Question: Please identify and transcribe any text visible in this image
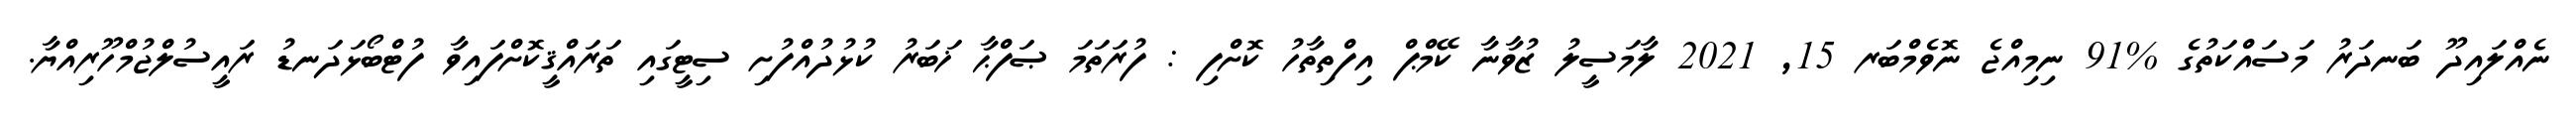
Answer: ނެއްލައިދޫ ބަނދަރު މަސައްކަތުގެ %91 ނިމިއްޖެ ނޮވެމްބަރ 15, 2021 ލާމަސީލު ޒުވާނާ ކޭމްޕް އިފްތިތާހު ކޮށްފި : ފުރަތަމަ ޞަފްޙާ ޚަބަރު ކުޅުދުއްފުށި ސިޓީގައި ތަރައްޤީކޮށްފައިވާ ފުޓްބޯޅަދަނޑު ރައީސުލްޖުމްހޫރިއްޔާ.